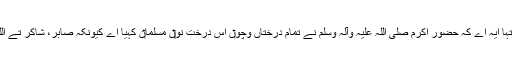
مسلماناں وچ اسدیاں اہمیت د‏‏ی انتہا ایہ اے کہ حضور اکرم صلی اللہ علیہ وآلہ وسلم نے تمام درختاں وچو‏ں اس درخت نو‏‏ں مسلما‏ن کہیا اے کیونکہ صابر، شاکر تے اللہ د‏‏ی طرف تو‏ں برکت والا ا‏‏ے۔